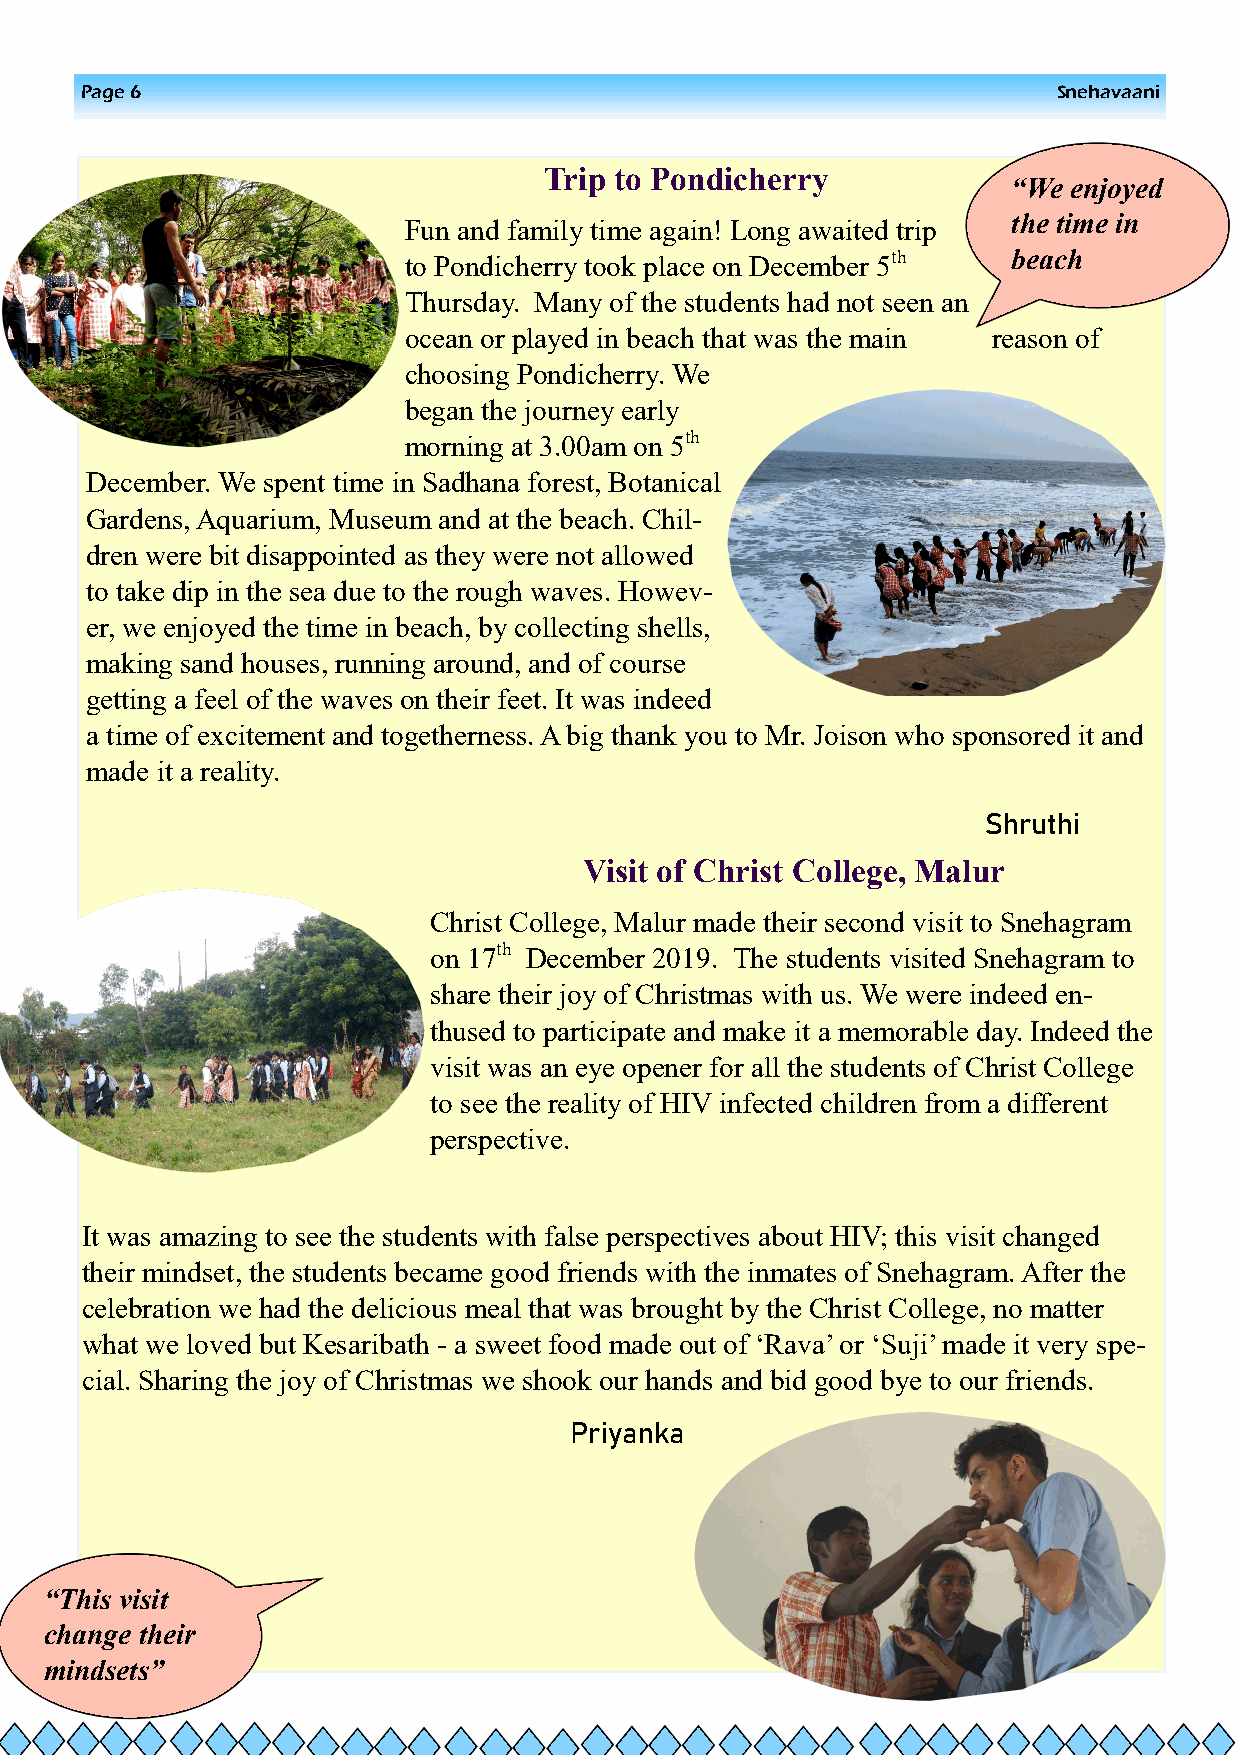
Page 6                                                           Snehavaani
 Trip to Pondicherry
 “We enjoyed
 the time in
 Fun and family time again! Long awaited trip
 to Pondicherry took place on December 5th beach
 Thursday. Many of the students had not seen an
 ocean or played in beach that was the main reason of
 choosing Pondicherry. We
 began the journey early
 morning at 3.00am on 5th
 December. We spent time in Sadhana forest, Botanical
 Gardens, Aquarium, Museum and at the beach. Chil-
 dren were bit disappointed as they were not allowed
 to take dip in the sea due to the rough waves. Howev-
 er, we enjoyed the time in beach, by collecting shells,
 making sand houses, running around, and of course
 getting a feel of the waves on their feet. It was indeed
 a time of excitement and togetherness. A big thank you to Mr. Joison who sponsored it and
 made it a reality.
 Shruthi
 Visit of Christ College, Malur
 Christ College, Malur made their second visit to Snehagram
 on 17th December 2019. The students visited Snehagram to
 share their joy of Christmas with us. We were indeed en-
 thused to participate and make it a memorable day. Indeed the
 visit was an eye opener for all the students of Christ College
 to see the reality of HIV infected children from a different
 perspective.
 It was amazing to see the students with false perspectives about HIV; this visit changed
 their mindset, the students became good friends with the inmates of Snehagram. After the
 celebration we had the delicious meal that was brought by the Christ College, no matter
 what we loved but Kesaribath - a sweet food made out of „Rava‟ or „Suji‟ made it very spe-
 cial. Sharing the joy of Christmas we shook our hands and bid good bye to our friends.
 Priyanka
 “This visit
 change their
 mindsets”